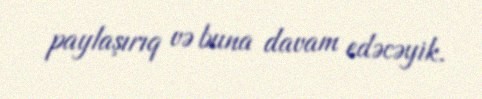
paylaşırıq və buna davam edəcəyik.